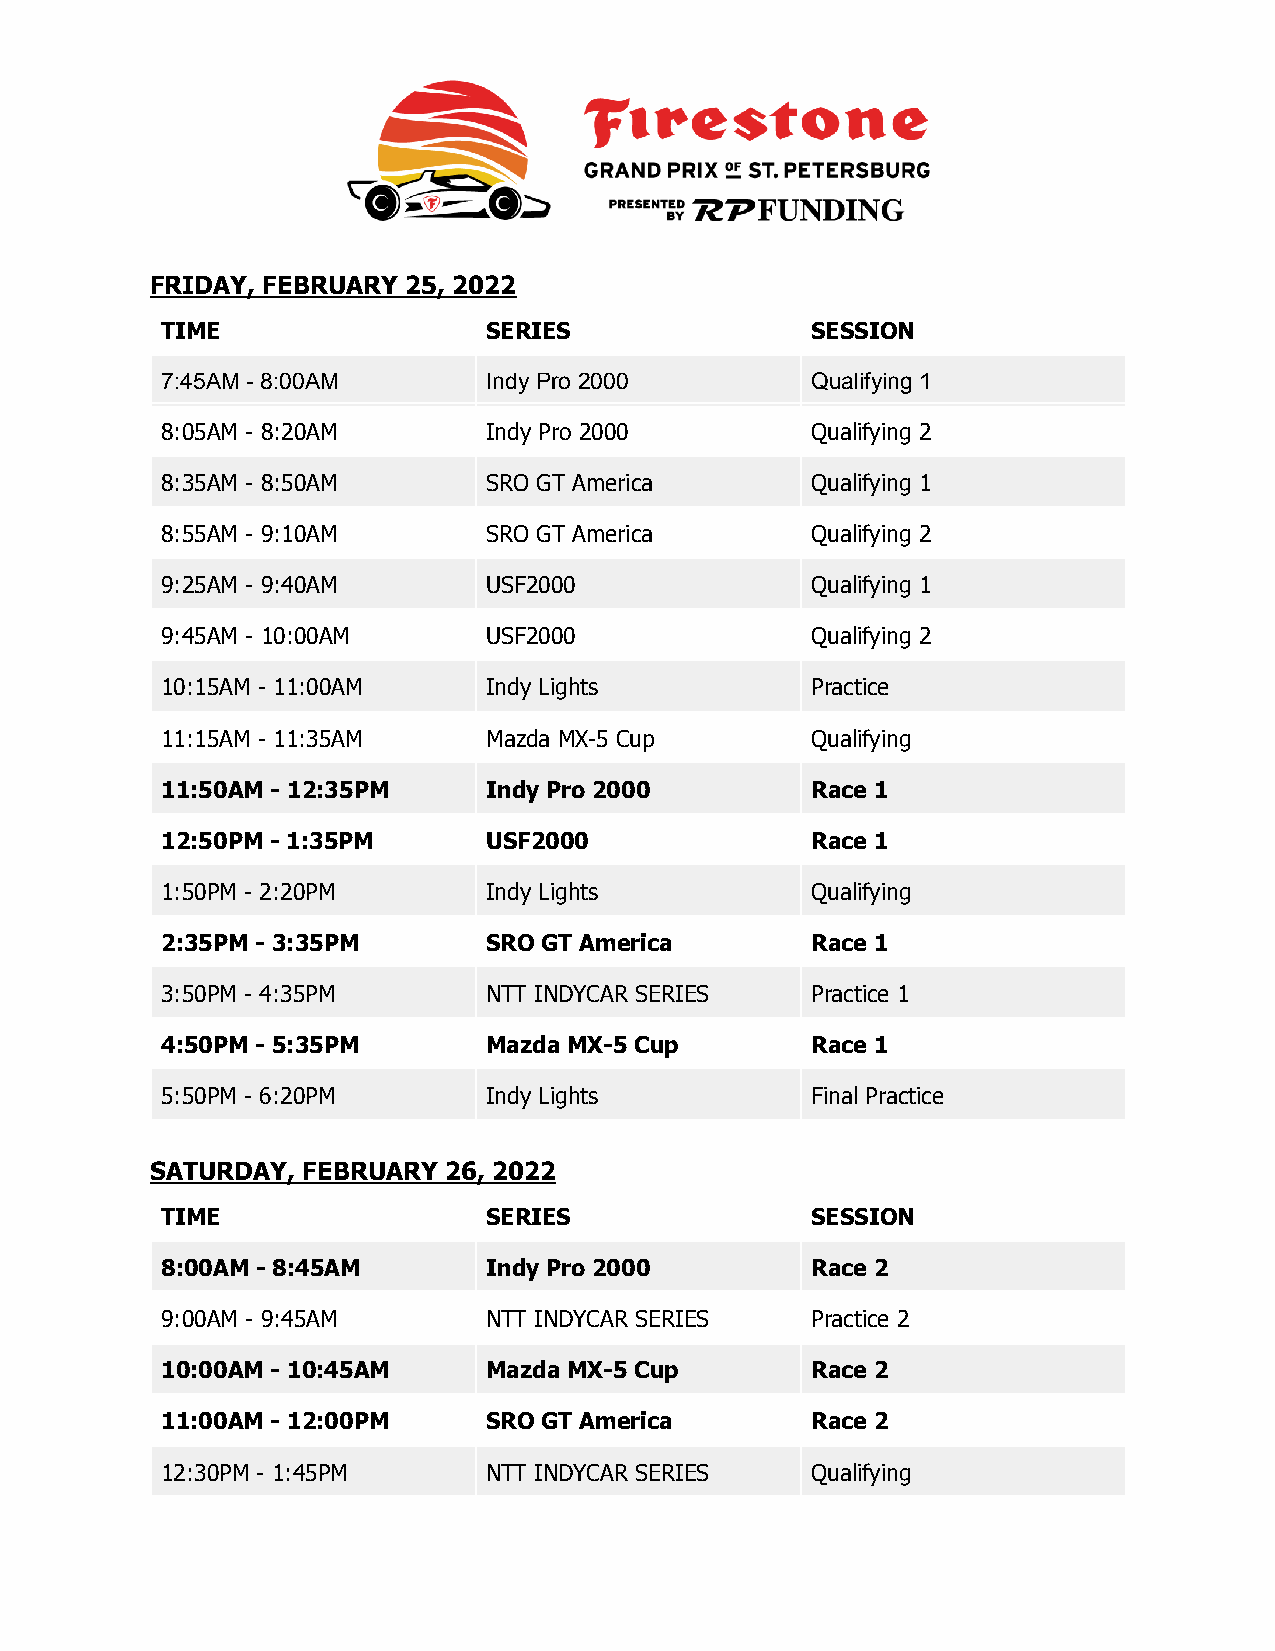
FRIDAY, FEBRUARY 25, 2022
 TIME                 SERIES                SESSION
 7:45AM - 8:00AM      Indy Pro 2000         Qualifying 1
 8:05AM - 8:20AM      Indy Pro 2000         Qualifying 2
 8:35AM - 8:50AM      SRO GT America        Qualifying 1
 8:55AM - 9:10AM      SRO GT America        Qualifying 2
 9:25AM - 9:40AM      USF2000               Qualifying 1
 9:45AM - 10:00AM     USF2000               Qualifying 2
 10:15AM - 11:00AM    Indy Lights           Practice
 11:15AM - 11:35AM    Mazda MX-5 Cup        Qualifying
 11:50AM - 12:35PM    Indy Pro 2000         Race 1
 12:50PM - 1:35PM     USF2000               Race 1
 1:50PM - 2:20PM      Indy Lights           Qualifying
 2:35PM - 3:35PM      SRO GT America        Race 1
 3:50PM - 4:35PM      NTT INDYCAR SERIES    Practice 1
 4:50PM - 5:35PM      Mazda MX-5 Cup        Race 1
 5:50PM - 6:20PM      Indy Lights           Final Practice
 SATURDAY, FEBRUARY  26, 2022
 TIME                 SERIES                SESSION
 8:00AM - 8:45AM      Indy Pro 2000         Race 2
 9:00AM - 9:45AM      NTT INDYCAR SERIES    Practice 2
 10:00AM - 10:45AM    Mazda MX-5 Cup        Race 2
 11:00AM - 12:00PM    SRO GT America        Race 2
 12:30PM - 1:45PM     NTT INDYCAR SERIES    Qualifying